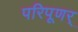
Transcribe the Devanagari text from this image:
परिपूणर्